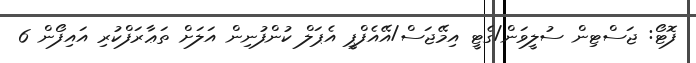
ފޮޓޯ: ޖަސްޓިން ސުލީވަން/ގެޓީ އިމޭޖަސް/އޭއެފްޕީ އެޕަލް ކުންފުނިން އަލަށް ތަޢާރަފްކުރި އައިފޯން 6